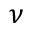
\nu